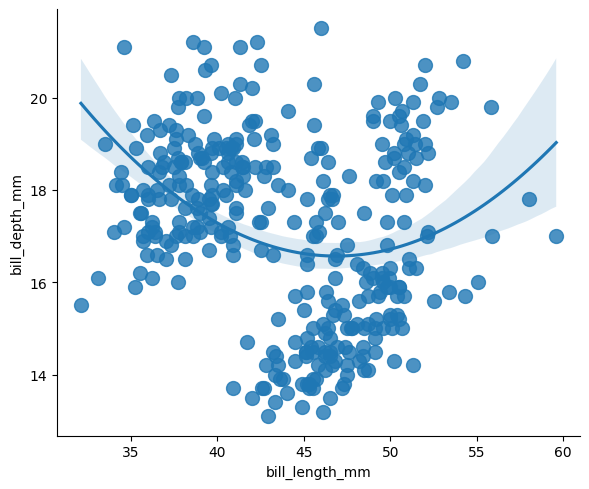
python, seaborn, lmplot, aspect=1.2, order=2, markers='o'